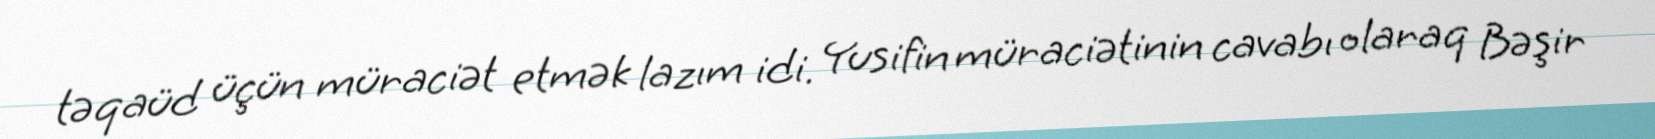
təqaüd üçün müraciət etmək lazım idi. Yusifin müraciətinin cavabı olaraq Bəşir